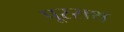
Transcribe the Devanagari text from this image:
पूरसथ